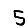
Digit: 5